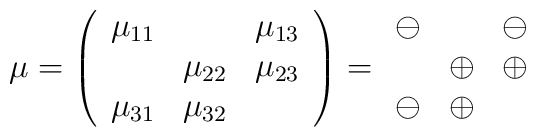
\mu = \left( \begin{array}{ccc}\mu _{11} &         &  \mu _{13} \\        &  \mu _{22}  &   \mu _{23} \\        \mu _{31} &   \mu _{32} &      \end{array} \right) = \begin{array}{ccc}\ominus & & \ominus \\        &\oplus & \oplus \\\ominus &  \oplus  &  \end{array}